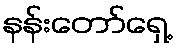
နန်းတော်ရှေ့